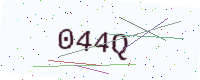
Text: 044Q